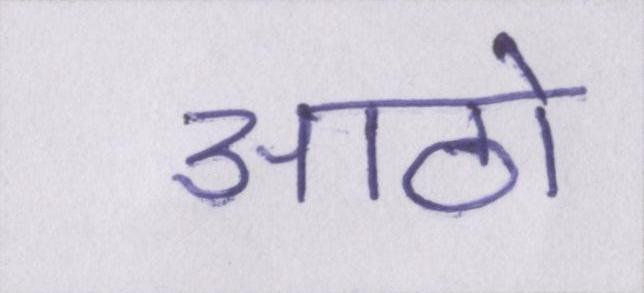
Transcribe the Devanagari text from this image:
आठो